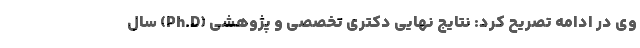
وی در ادامه تصریح کرد: نتایج نهایی دکتری تخصصی و پژوهشی (Ph.D) سال